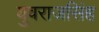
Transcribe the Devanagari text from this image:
युवराजसिंह